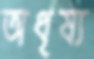
অধৃষ্য